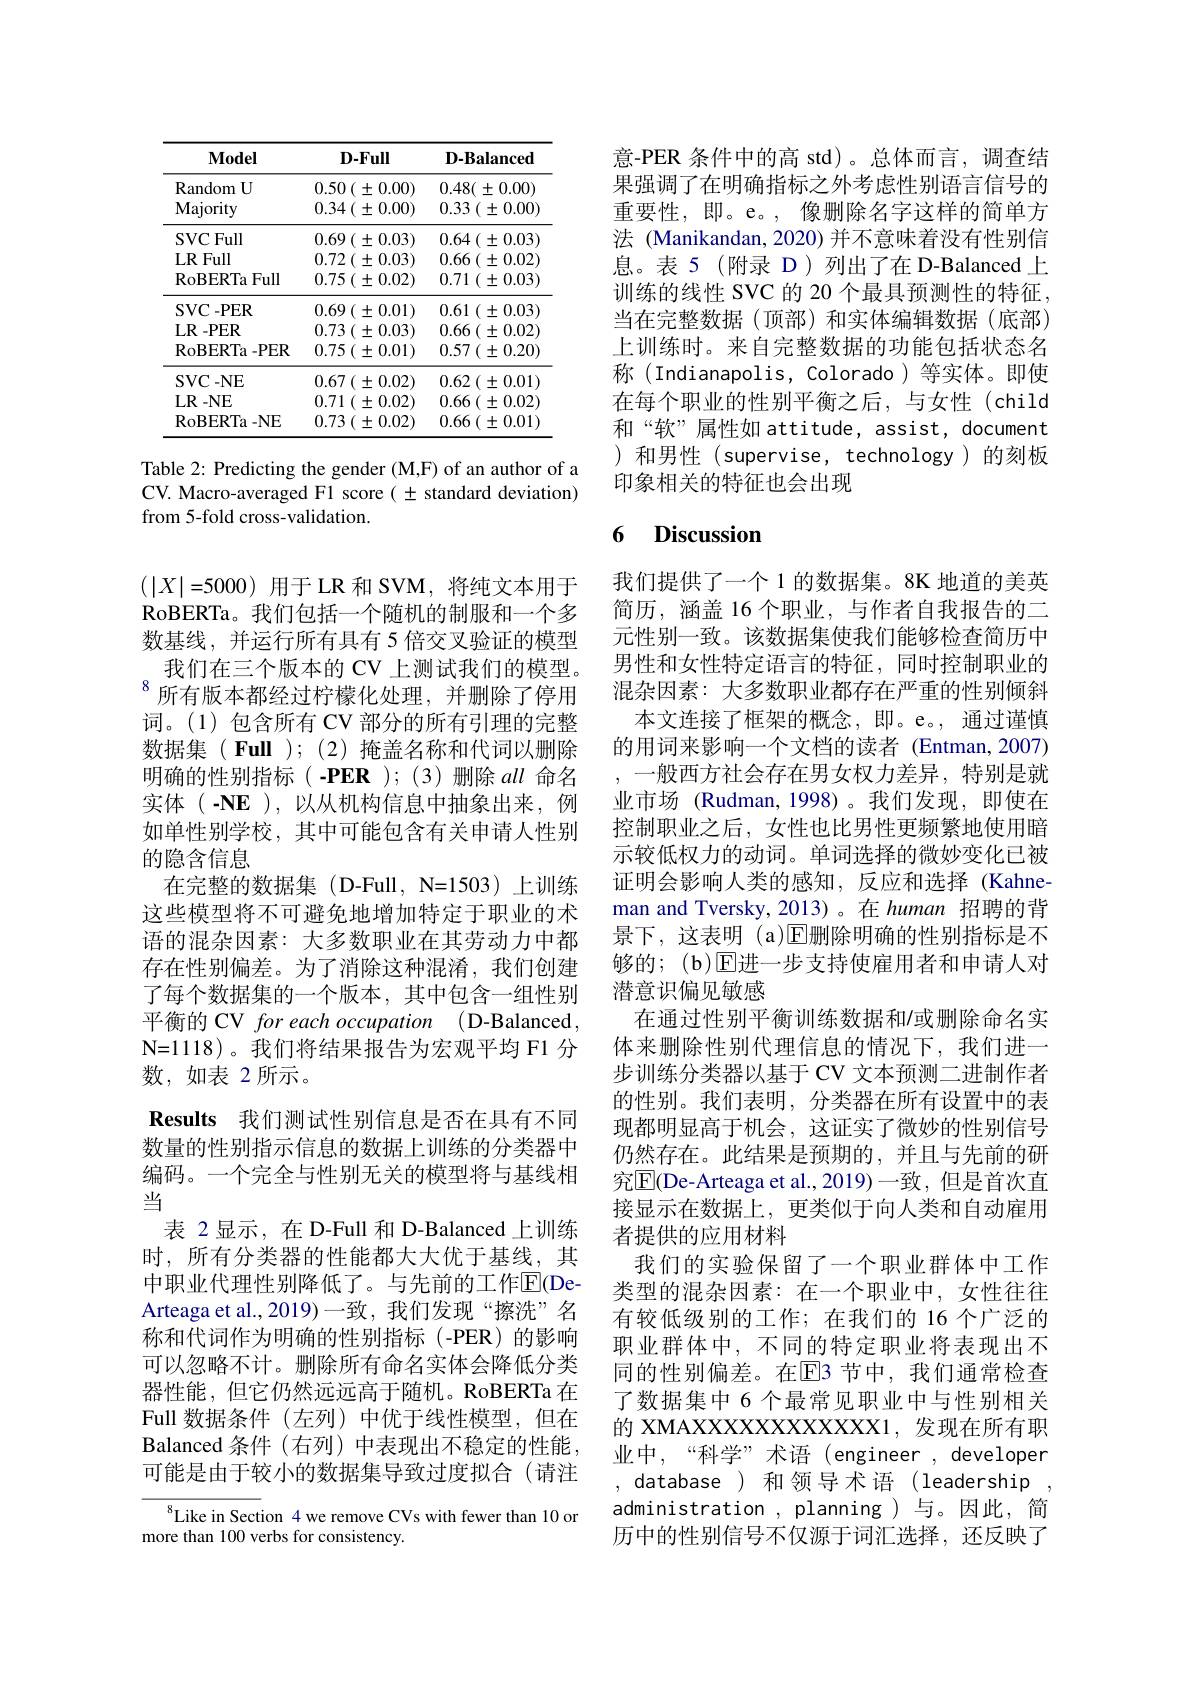
<table>
	<tbody>
		<tr>
			<th>$\mathbf{Model}$</th>
			<th>$\mathbf{D}-\mathbf{Full}$</th>
			<th>$\mathbf{D}-\mathbf{B}a\mathbf{l}a\mathbf{n}c\mathbf{ed}$</th>
		</tr>
		<tr>
			<td>Random $U$ $\mathbf{Majority}$</td>
			<td>$0.50\left(\pm0.00\right)$ $0.34\left(\pm0.00\right)$</td>
			<td>$0.48(\pm0.00)$ $0.33\left(\pm0.00\right)$</td>
		</tr>
		<tr>
			<td>SVCFull</td>
			<td>$0.69\left(\pm0.03\right)$</td>
			<td>0.64 $( \pm 0. 03)$</td>
		</tr>
		<tr>
			<td>LRFull</td>
			<td>$0.72\left(\pm0.03\right)$</td>
			<td>$0.66\left(\pm0.02\right]$</td>
		</tr>
		<tr>
			<td>$\operatorname{RoBERTa}$Full</td>
			<td>0.75 $( \pm$ 0.02)</td>
			<td>0.71 $( \pm 0. 03)$</td>
		</tr>
		<tr>
			<td>SVC- PER</td>
			<td>$0.69\left(\pm0.01\right)$</td>
			<td>0.61 $( \pm 0. 03)$</td>
		</tr>
		<tr>
			<td>$\mathbf{LR-PER}$</td>
			<td>0.73 $( \pm 0. 03)$</td>
			<td>0.66 $( \pm 0. 02)$</td>
		</tr>
		<tr>
			<td>RoBERTa- PER</td>
			<td>0.75 $( \pm$ 0.01)</td>
			<td>$0.57\left(\pm0.20\right)$</td>
		</tr>
		<tr>
			<td>SVC- NE</td>
			<td>$0.67\left(\pm0.02\right)$</td>
			<td>$0.62\left(\pm0.01\right)$</td>
		</tr>
		<tr>
			<td>LR- NE</td>
			<td>0.71 $( \pm 0. 02)$</td>
			<td>0.66 $( \pm 0. 02)$</td>
		</tr>
		<tr>
			<td>RoBERTa- NE</td>
			<td>0.73 $( \pm$ 0.02)</td>
			<td>$0.66\left(\pm0.01\right)$</td>
		</tr>
	</tbody>
</table>

Table 2: Predicting the gender (M,F) of an author of a CV. Macro-averaged F1 score $(\pm$ standard deviation) from 5-fold cross-validation.

$(\left|X\right|=5000)$用于 LR 和 SVM, 将纯文本用于RoBERTa。我们包括一个随机的制服和一个多数基线，并运行所有具有 5 倍交叉验证的模型
我们在三个版本的 CV 上测试我们的模型。$^{8}$所有版本都经过柠檬化处理，并删除了停用词。(1)包含所有 CV 部分的所有引理的完整数据集( Full );(2)掩盖名称和代词以删除明确的性别指标(-PER);(3)删除all 命名实体(-NE),以从机构信息中抽象出来，例如单性别学校，其中可能包含有关申请人性别的隐含信息
在完整的数据集(D-Full,N=1503)上训练这些模型将不可避免地增加特定于职业的术语的混杂因素：大多数职业在其劳动力中都存在性别偏差。为了消除这种混淆，我们创建了每个数据集的一个版本，其中包含一组性别平衡的 CV for each occupation (D-Balanced, N=1118)。我们将结果报告为宏观平均 F1 分数，如表 2所示。
$\textbf{Results}$ 我们测试性别信息是否在具有不同数量的性别指示信息的数据上训练的分类器中编码。一个完全与性别无关的模型将与基线相当
表 2显示，在 D-Full 和 D-Balanced 上训练时，所有分类器的性能都大大优于基线，其中职业代理性别降低了。与先前的工作$\mathbb{E}($DeArteaga et al., 2019)一致，我们发现“擦洗”名称和代词作为明确的性别指标(-PER)的影响可以忽略不计。删除所有命名实体会降低分类器性能，但它仍然远远高于随机。RoBERTa 在Full 数据条件 (左列) 中优于线性模型，但在Balanced 条件 (右列) 中表现出不稳定的性能可能是由于较小的数据集导致过度拟合(请注Like in Section 4 we remove CVs with fewer than 10 or

more than 100 verbs for consistency.

意-PER 条件中的高 std)。总体而言，调查结果强调了在明确指标之外考虑性别语言信号的重要性，即。e。,像删除名字这样的简单方法 (Manikandan, 2020) 并不意味着没有性别信息。表 5(附录 D)列出了在 D-Balanced 上训练的线性 SVC 的 20 个最具预测性的特征， 当在完整数据(顶部)和实体编辑数据(底部) 上训练时。来自完整数据的功能包括状态名称(Indianapolis,Colorado)等实体。即使在每个职业的性别平衡之后，与女性(child 和“软”属性如 attitude, assist, document )和男性(supervise,technology)的刻板印象相关的特征也会出现

## 6 Discussion

我们提供了一个 1 的数据集。8K 地道的美英简历，涵盖 16 个职业，与作者自我报告的二元性别一致。该数据集使我们能够检查简历中男性和女性特定语言的特征，同时控制职业的混杂因素：大多数职业都存在严重的性别倾斜
本文连接了框架的概念，即。e。,通过谨慎的用词来影响一个文档的读者 (Entman,2007) , -般西方社会存在男女权力差异，特别是就业市场 (Rudman,1998)。我们发现，即使在控制职业之后，女性也比男性更频繁地使用暗示较低权力的动词。单词选择的微妙变化已被证明会影响人类的感知，反应和选择(Kahneman and Tversky,2013)。在 human 招聘的背景下，这表明 (a)$\overline{\mathrm{E}}$删除明确的性别指标是不够的；(b)$\operatorname{E\text{进一步支持使雇用者和申请人对}}$ 潜意识偏见敏感
在通过性别平衡训练数据和/或删除命名实体来删除性别代理信息的情况下，我们进一步训练分类器以基于 CV 文本预测二进制作者的性别。我们表明，分类器在所有设置中的表现都明显高于机会，这证实了微妙的性别信号仍然存在。此结果是预期的，并且与先前的研究$\overline{\mathrm{E}}$(De-Arteaga et al.,2019)一致，但是首次直接显示在数据上，更类似于向人类和自动雇用者提供的应用材料
我们的实验保留了一个职业群体中工作类型的混杂因素：在一个职业中，女性往往有较低级别的工作；在我们的 16 个广泛的职业群体中，不同的特定职业将表现出不同的性别偏差。在$\overline{\mathrm{E}}$3 节中，我们通常检查了数据集中 6 个最常见职业中与性别相关的 XMAXXXXXXXXXXXXX1,发现在所有职业中，“科学”术语(engineer,developer , database)和领导术语(leadership, administration , planning ) 与。因此，简历中的性别信号不仅源于词汇选择，还反映了